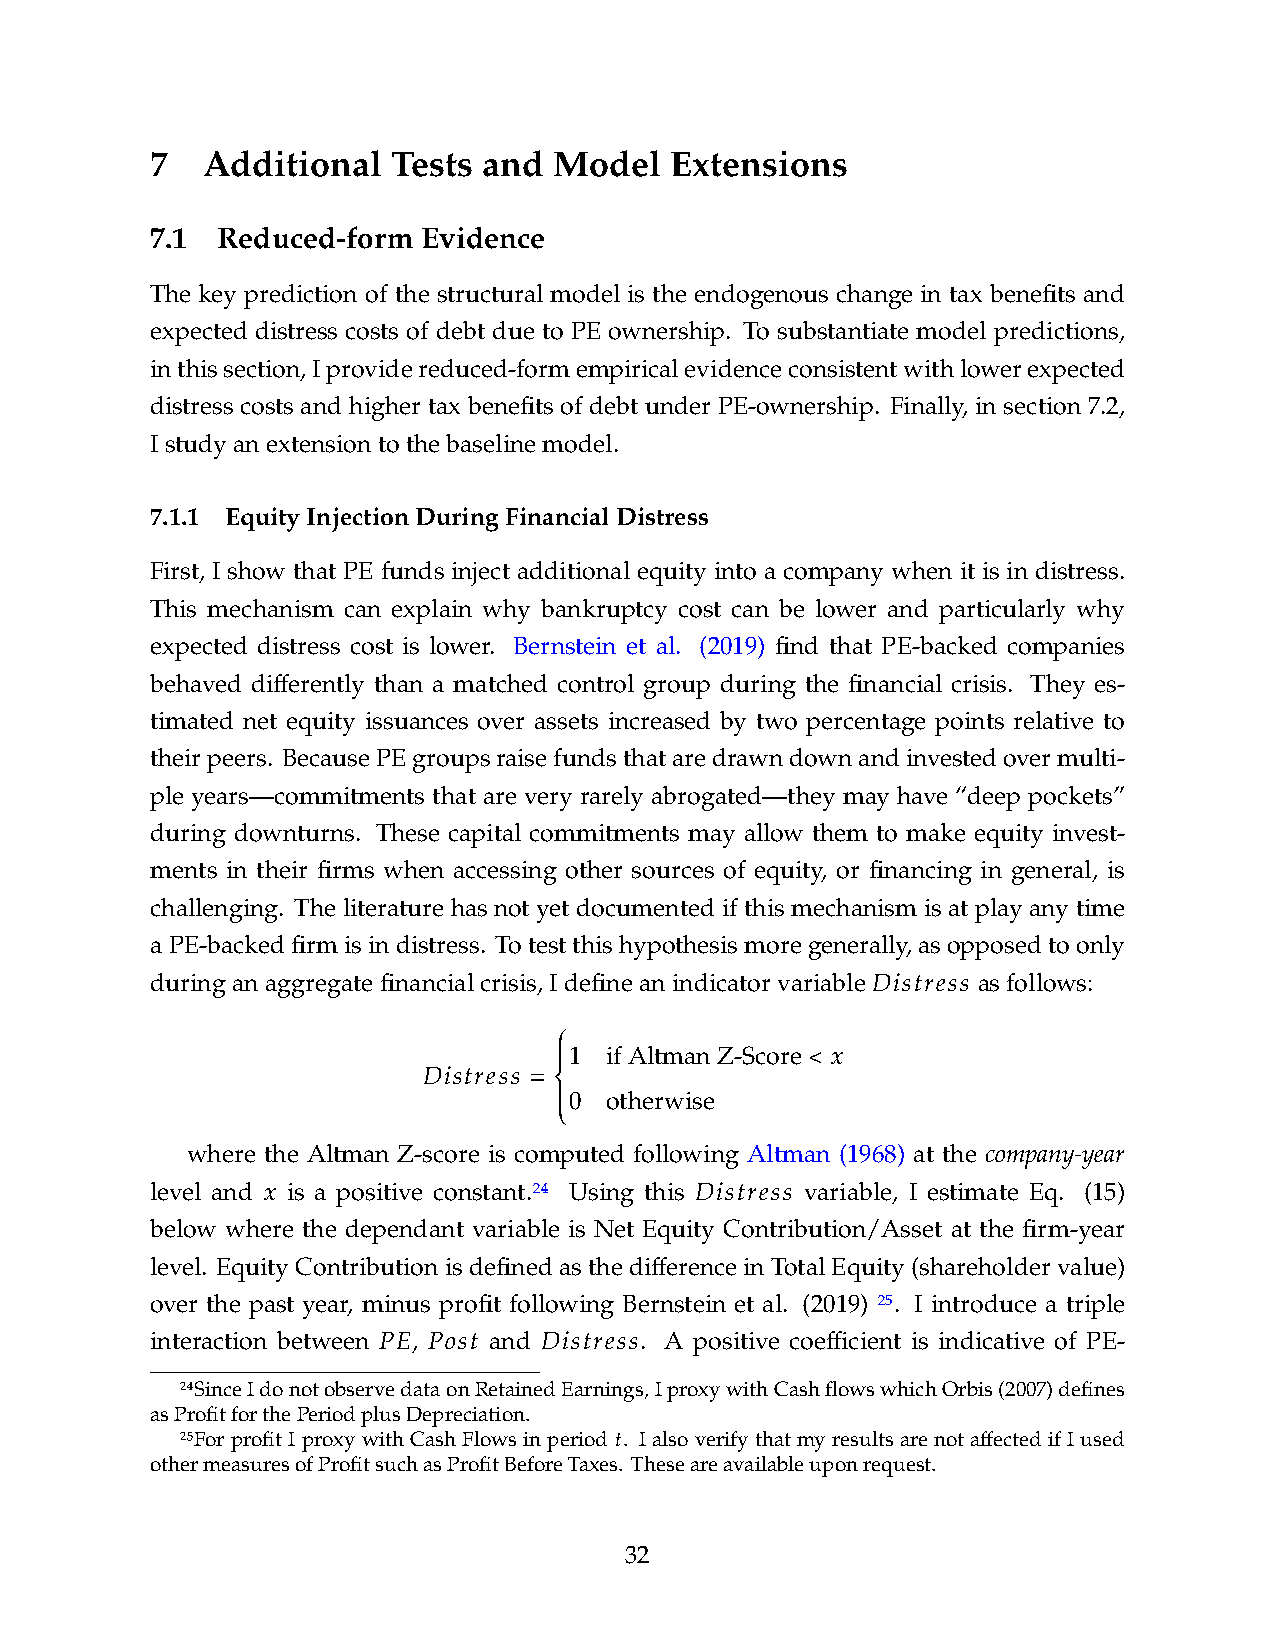
7  Additional   Tests and  Model  Extensions
 7.1 Reduced-form  Evidence
 The key prediction of the structural model is the endogenous change in tax benefits and
 expected distress costs of debt due to PE ownership. To substantiate model predictions,
 inthissection,Iprovidereduced-formempiricalevidenceconsistentwithlowerexpected
 distress costs and higher tax benefits of debt under PE-ownership. Finally, in section 7.2,
 Istudyanextensiontothebaselinemodel.
 7.1.1 EquityInjectionDuringFinancialDistress
 First, I show that PE funds inject additional equity into a company when it is in distress.
 This mechanism can explain why bankruptcy cost can be lower and particularly why
 expected distress cost is lower. Bernstein et al. (2019) find that PE-backed companies
 behaved differently than a matched control group during the financial crisis. They es-
 timated net equity issuances over assets increased by two percentage points relative to
 theirpeers. BecausePEgroupsraisefundsthataredrawndownandinvestedovermulti-
 ple years—commitments that are very rarely abrogated—they may have “deep pockets”
 during downturns. These capital commitments may allow them to make equity invest-
 ments in their firms when accessing other sources of equity, or financing in general, is
 challenging. The literature has not yet documented if this mechanism is at play any time
 aPE-backedfirmisindistress. Totestthishypothesismoregenerally,asopposedtoonly
 𝐷𝑖𝑠𝑡𝑟𝑒𝑠𝑠
 duringanaggregatefinancialcrisis,Idefineanindicatorvariable asfollows:
   1 ifAltmanZ-Score< 𝑥
 𝐷𝑖𝑠𝑡𝑟𝑒𝑠𝑠 =
 0 otherwise
 
 
 where the Altman Z-score is computed following Altman (1968) at the company-year
 𝑥                 24         𝐷𝑖𝑠𝑡𝑟𝑒𝑠𝑠
 level and is a positive constant. Using this variable, I estimate Eq. (15)
 below where the dependant variable is Net Equity Contribution/Asset at the firm-year
 level. EquityContributionisdefinedasthedifferenceinTotalEquity(shareholdervalue)
 25
 over the past year, minus profit following Bernstein et al. (2019) . I introduce a triple
 𝑃𝐸 𝑃𝑜𝑠𝑡    𝐷𝑖𝑠𝑡𝑟𝑒𝑠𝑠
 interaction between , and       . A positive coefficient is indicative of PE-
 24SinceIdonotobservedataonRetainedEarnings,IproxywithCashflowswhichOrbis(2007)defines
 asProfitforthePeriodplusDepreciation.
 25For profit I proxy with Cash Flows in period 𝑡. I also verify that my results are not affected if I used
 othermeasuresofProfitsuchasProfitBeforeTaxes. Theseareavailableuponrequest.
 32